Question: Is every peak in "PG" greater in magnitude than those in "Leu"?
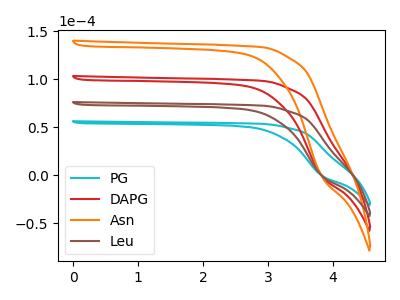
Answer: <think>The cyan curve "PG" has no peaks. The red curve "DAPG" has no peaks. The orange curve "Asn" has no peaks. The brown curve "Leu" has no peaks.</think>
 <answer>Niether CV has any peaks.</answer>
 <eval>blanks</eval>